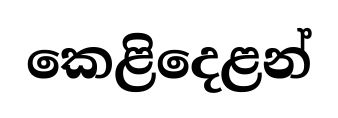
කෙළිදෙළන්